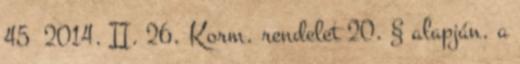
45 2014. II. 26. Korm. rendelet 20. § alapján. a